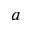
a